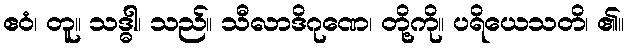
ဧဝံ၊ တူ။ သဒ္ဓါ၊ သည်။ သီလာဒိဂုဏေ၊ တို့ကို။ ပရိယေသတိ၊ ၏။